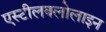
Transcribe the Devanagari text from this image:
एस्टीलक्लोलाइन